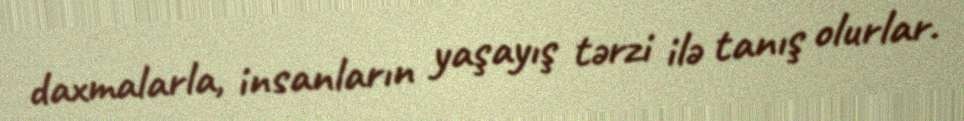
daxmalarla, insanların yaşayış tərzi ilə tanış olurlar.